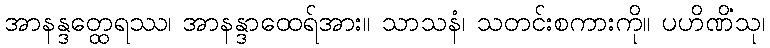
အာနန္ဒတ္ထေရဿ၊ အာနန္ဒာထေရ်အား။ သာသနံ၊ သတင်းစကားကို။ ပဟိဏိံသု၊